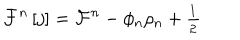
\mathcal { F } ^ { n } \left[ j \right] = \mathcal { F } ^ { n } - \phi _ { n } \rho _ { n } + \frac { { } _ { 1 } } { { } ^ { 2 } }